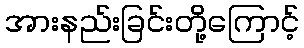
အားနည်းခြင်းတို့ကြောင့်